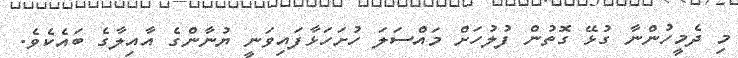
މި ދެމީހުންނާ ގުޅޭ ގޮތުން ފުލުހަށް މައްސަލަ ހުށަހަޅާފައިވަނީ ޔުނާންގެ އާއިލާގެ ބައެކެވެ.